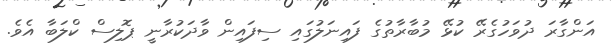
އަންގާރަ ދުވަހުގެރޭ ކުޅޭ މުބާރާތުގެ ފައިނަލުގައި ސިފައިން ވާދަކުރާނީ ޕޮލިސް ކްލަބާ އެވެ.